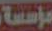
مؤسسة